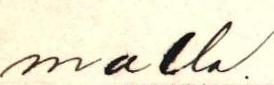
malla.